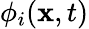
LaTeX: \phi_{i}(\textbf{x},t)